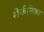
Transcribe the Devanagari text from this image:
सेर्कनिका